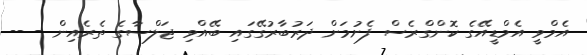
އެމްވީ އެމްޑީއޭގެ ކޮންގްރެސް ފެށުމަށް ދަރުބާރުގޭގައި ބޭއްވި ޖަލްސާގެ ތެރެއިން - --